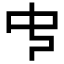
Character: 𠁧